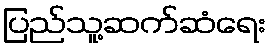
ပြည်သူ့ဆက်ဆံရေး